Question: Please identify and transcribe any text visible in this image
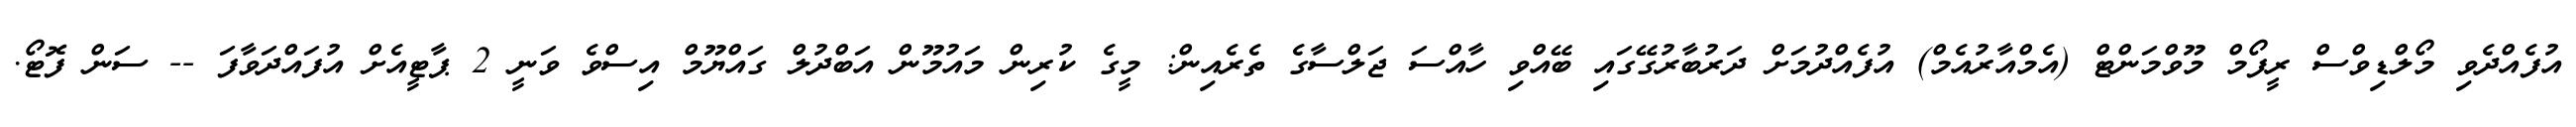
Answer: އުފެއްދެވި މޯލްޑިވްސް ރީފޯމް މޫވްމަންޓް (އެމްއާރުއެމް) އުފެއްދުމަށް ދަރުބާރުގޭގައި ބޭއްވި ހާއްސަ ޖަލްސާގެ ތެރެއިން: މީގެ ކުރިން މައުމޫން އަބްދުލް ގައްޔޫމް އިސްވެ ވަނީ 2 ޕާޓީއެށް އުފައްދަވާފަ -- ސަން ފޮޓޯ.